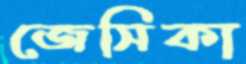
জেসিকা